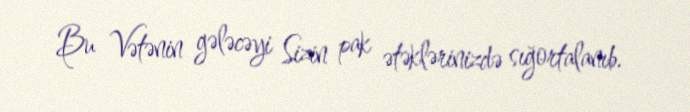
Bu Vətənin gələcəyi Sizin pak ətəklərinizdə sığortalanıb.